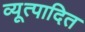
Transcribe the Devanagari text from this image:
व्यूत्पादित